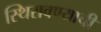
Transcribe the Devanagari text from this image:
स्थिरावण्याची